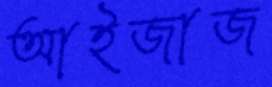
আইজাজ